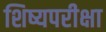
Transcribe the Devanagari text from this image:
शिष्यपरीक्षा